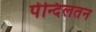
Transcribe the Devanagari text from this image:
पेन्दिलतन